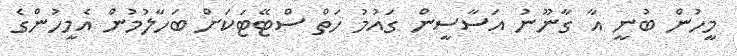
މީހުން ބުނީ އާ ގާނޫނު އަސާސީން ގައުމު ހަތް ސްޓޭޓަކަށް ބަހާލުމުން އެމީހުންގެ